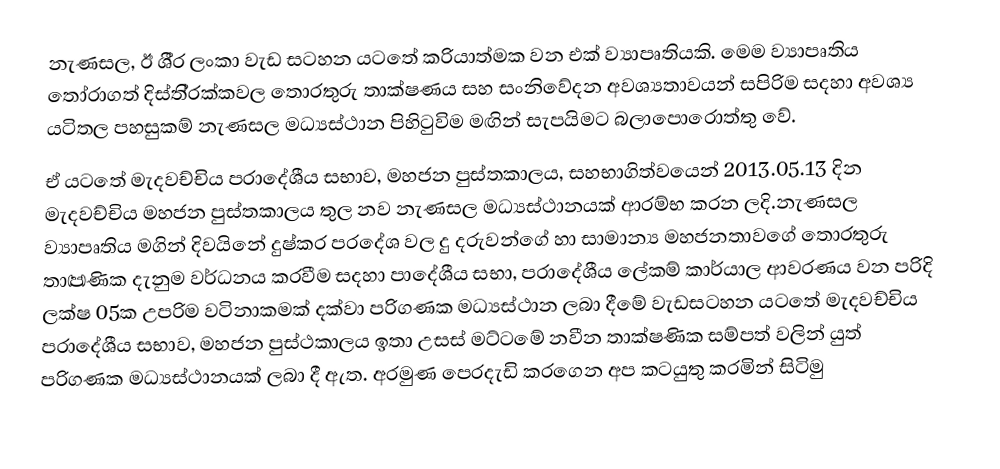
නැණසල, ඊ ශී‍්‍ර ලංකා වැඩ සටහන යටතේ ක‍්‍රියාත්මක වන එක් ව්‍යාපෘතියකි.   මෙම ව්‍යාපෘතිය තෝරාගත් දිස්ති‍්‍රක්කවල තොරතුරු තාක්ෂණය සහ සංනිවේදන   අවශ්‍යතාවයන් සපිරිම සදහා අවශ්‍ය යටිතල පහසුකම් නැණසල මධ්‍යස්ථාන   පිහිටුවිම මඟින් සැපයිමට   බලාපොරොත්තු වේ.
ඒ යටතේ මැදවච්චිය ප‍්‍රාදේශීය සභාව, මහජන පුස්තකාලය,   සහභාගිත්වයෙන් 2013.05.13 දින මැදවච්චිය  මහජන පුස්තකාලය තුල නව නැණසල   මධ්‍යස්ථානයක් ආරම්භ කරන ලදි.නැණසල ව්‍යාපෘතිය මගින් දිවයිනේ දුෂ්කර ප‍්‍රදේශ වල දු දරුවන්ගේ හා   සාමාන්‍ය මහජනතාවගේ තොරතුරු තාඏණික දැනුම වර්ධනය කරවීම සදහා   පාදේශීය සභා, ප‍්‍රාදේශීය ලේකම් කාර්යාල ආවරණය වන පරිදි ලක්ෂ 05ක උපරිම   වටිනාකමක් දක්වා පරිගණක මධ්‍යස්ථාන ලබා දීමේ වැඩසටහන යටතේ මැදවච්චිය   ප‍්‍රාදේශීය සභාව,  මහජන පුස්ථකාලය ඉතා උසස් මට්ටමේ නවීන තාක්ෂණික   සම්පත් වලින් යුත් පරිගණක මධ්‍යස්ථානයක් ලබා දී ඇත. අරමුණ පෙරදැඩි කරගෙන අප කටයුතු කරමින් සිටිමු